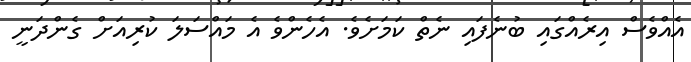
އެއްވެސް އިރެއްގައި ބުނެފައި ނެތް ކަމަށެވެ. އެހެންވެ އެ މައްސަލަ ކުރިއަށް ގެންދަނީ